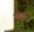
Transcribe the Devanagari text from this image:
कालवन